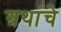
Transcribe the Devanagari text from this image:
ग्रथांचे